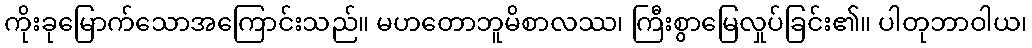
ကိုးခုမြောက်သောအကြောင်းသည်။ မဟတောဘူမိစာလဿ၊ ကြီးစွာမြေလှုပ်ခြင်း၏။ ပါတုဘာဝါယ၊